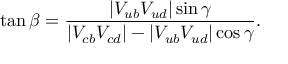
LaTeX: \tan \beta = \frac { | V _ { u b } V _ { u d } | \sin \gamma } { | V _ { c b } V _ { c d } | - | V _ { u b } V _ { u d } | \cos \gamma } .